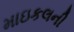
માઇકલની